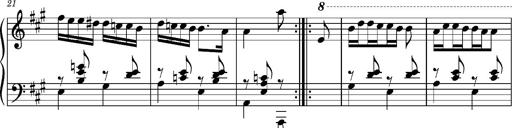
Title: Ungarischer Romanzero
Composer: Franz Liszt